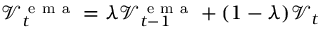
\mathcal { V } _ { t } ^ { \mathrm { ~ e ~ m ~ a ~ } } = \lambda \mathcal { V } _ { t - 1 } ^ { \mathrm { ~ e ~ m ~ a ~ } } + ( 1 - \lambda ) \mathcal { V } _ { t }